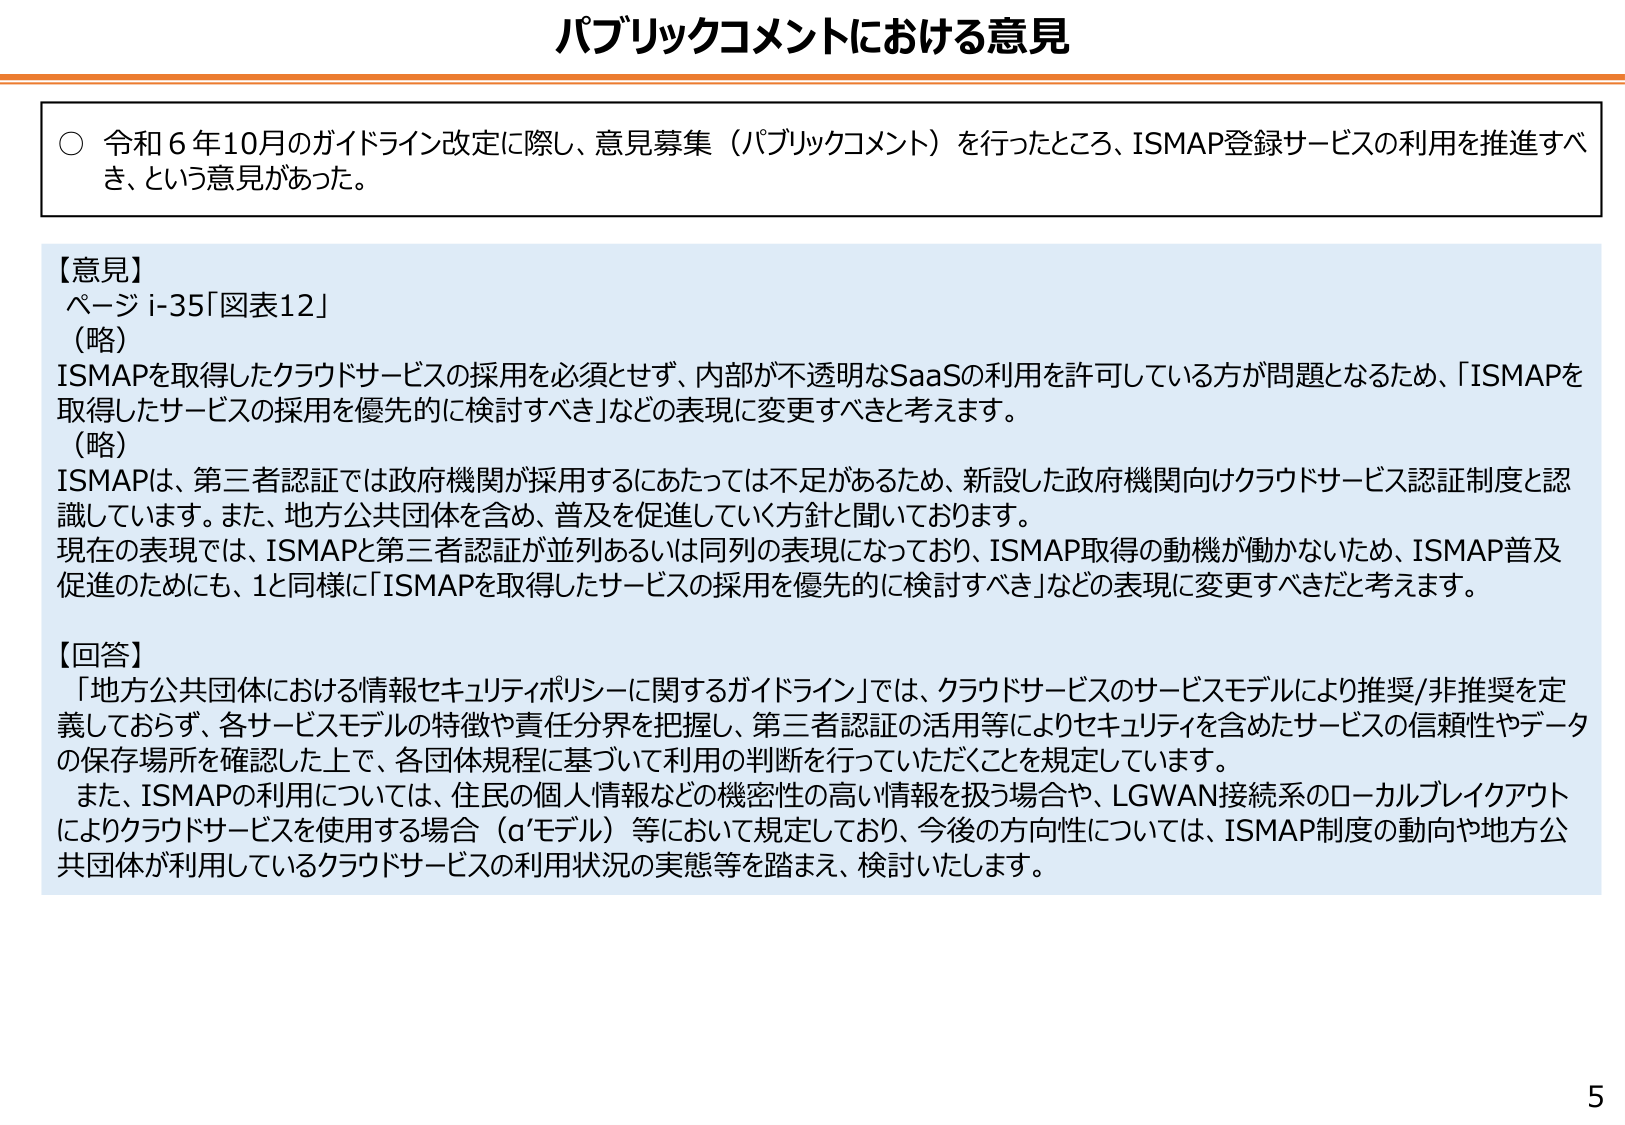
パブリックコメントにおける意見

○ 令和６年10月のガイドライン改定に際し、意見募集（パブリックコメント）を行ったところ、ISMAP登録サービスの利用を推進すべき、という意見があった。

【意見】
ページ i-35「図表12」
（略）
ISMAPを取得したクラウドサービスの採用を必須とせず、内部が不透明なSaaSの利用を許可している方が問題となるため、「ISMAPを取得したサービスの採用を優先的に検討すべき」などの表現に変更すべきと考えます。
（略）
ISMAPは、第三者認証では政府機関が採用するにあたっては不足があるため、新設した政府機関向けクラウドサービス認証制度と認識しています。また、地方公共団体を含め、普及を促進していく方針と聞いております。
現在の表現では、ISMAPと第三者認証が並列あるいは同列の表現になっており、ISMAP取得の動機が働かないため、ISMAP普及促進のためにも、1と同様に「ISMAPを取得したサービスの採用を優先的に検討すべき」などの表現に変更すべきだと考えます。

【回答】
「地方公共団体における情報セキュリティポリシーに関するガイドライン」では、クラウドサービスのサービスモデルにより推奨/非推奨を定義しておらず、各サービスモデルの特徴や責任分界を把握し、第三者認証の活用等によりセキュリティを含めたサービスの信頼性やデータの保存場所を確認した上で、各団体規程に基づいて利用の判断を行っていただくことを規定しています。
また、ISMAPの利用については、住民の個人情報などの機密性の高い情報を扱う場合や、LGWAN接続系のローカルブレイクアウトによりクラウドサービスを使用する場合（αモデル）等において規定しており、今後の方針性については、ISMAP制度の動向や地方公共団体が利用しているクラウドサービスの利用状況の実態等を踏まえ、検討いたします。

5